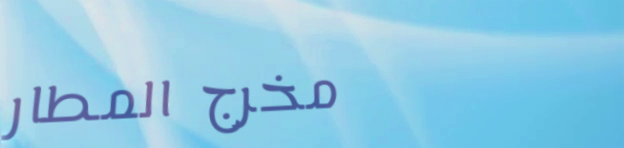
مخرج المطار